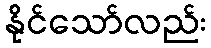
နိုင်သော်လည်း